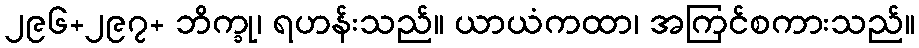
၂၉၆+၂၉၇+ ဘိက္ခု၊ ရဟန်းသည်။ ယာယံကထာ၊ အကြင်စကားသည်။